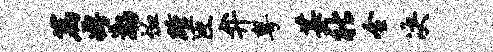
篇娉渤恤踵臣弁粤某社全决